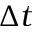
\Delta t